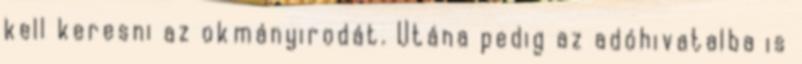
kell keresni az okmányirodát. Utána pedig az adóhivatalba is